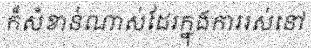
ក៏សំខាន់ណាស់ដែរក្នុងការរស់នៅ